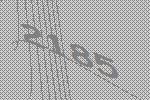
2185